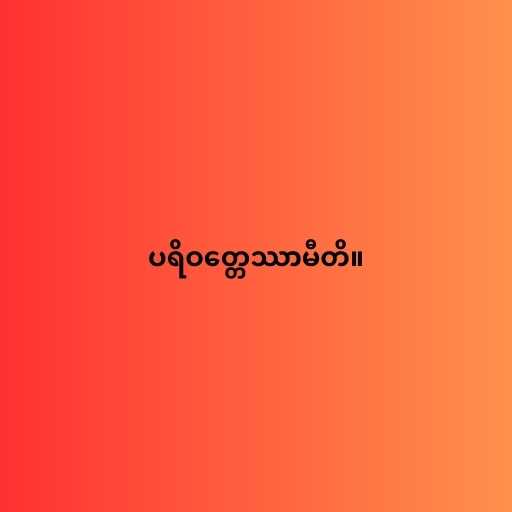
ပရိဝတ္တေဿာမီတိ။